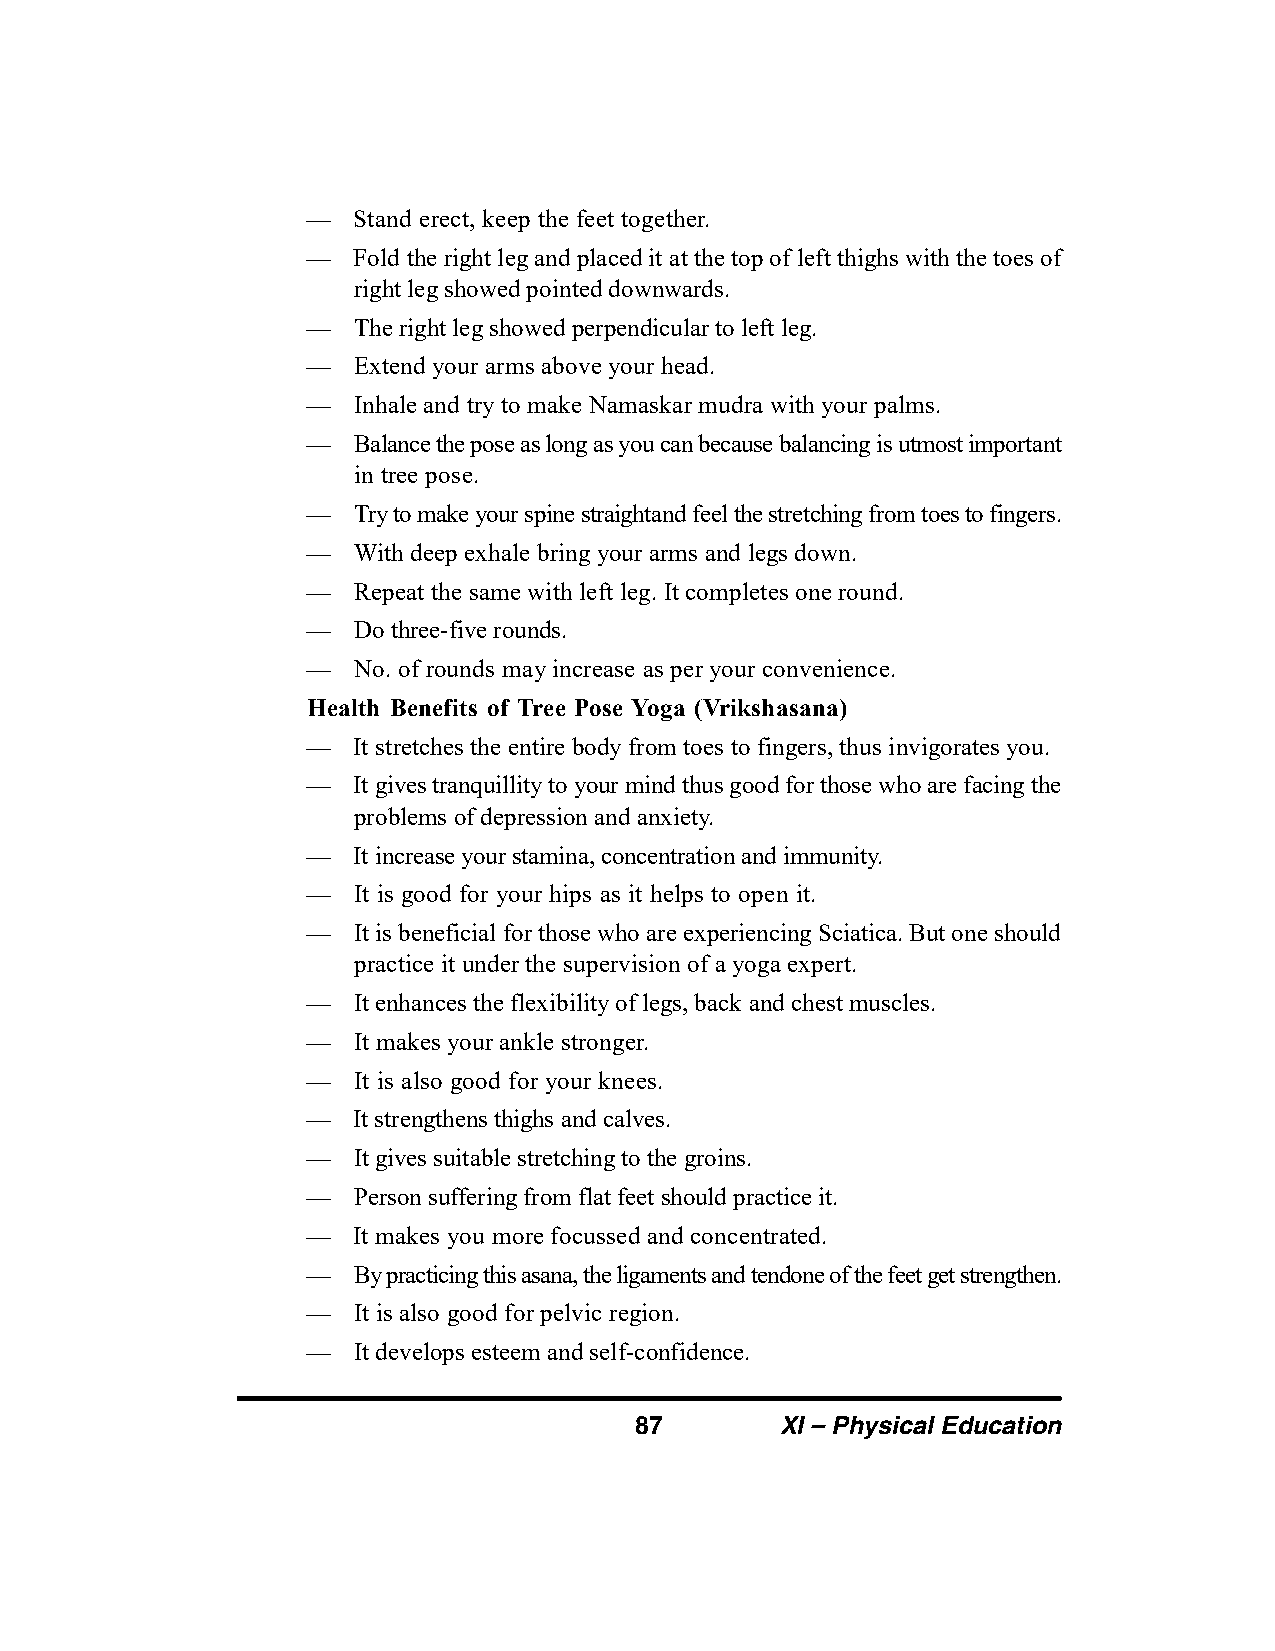
—  Stand erect, keep the feet together.
 —  Fold the right leg and placed it at the top of left thighs with the toes of
 right leg showed pointed downwards.
 —  The right leg showed perpendicular to left leg.
 —  Extend your arms above your head.
 —  Inhale and try to make Namaskar mudra with your palms.
 —  Balance the pose as long as you can because balancing is utmost important
 in tree pose.
 —  Try to make your spine straightand feel the stretching from toes to fingers.
 —  With deep exhale bring your arms and legs down.
 —  Repeat the same with left leg. It completes one round.
 —  Do three-five rounds.
 —  No. of rounds may increase as per your convenience.
 Health Benefits of Tree Pose Yoga (Vrikshasana)
 —  It stretches the entire body from toes to fingers, thus invigorates you.
 —  It gives tranquillity to your mind thus good for those who are facing the
 problems of depression and anxiety.
 —  It increase your stamina, concentration and immunity.
 —  It is good for your hips as it helps to open it.
 —  It is beneficial for those who are experiencing Sciatica. But one should
 practice it under the supervision of a yoga expert.
 —  It enhances the flexibility of legs, back and chest muscles.
 —  It makes your ankle stronger.
 —  It is also good for your knees.
 —  It strengthens thighs and calves.
 —  It gives suitable stretching to the groins.
 —  Person suffering from flat feet should practice it.
 —  It makes you more focussed and concentrated.
 —  By practicing this asana, the ligaments and tendone of the feet get strengthen.
 —  It is also good for pelvic region.
 —  It develops esteem and self-confidence.
 87        XI – Physical Education